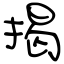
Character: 揭